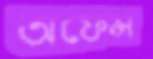
অফেন্স